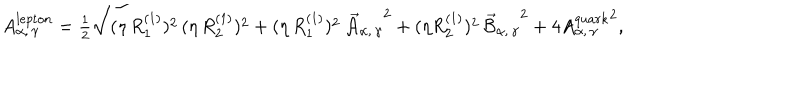
LaTeX: A _ { \alpha , \, \gamma } ^ { l e p t o n } = \textstyle { \frac { 1 } { 2 } } \sqrt { ( \eta \, { R _ { 1 } ^ { ( 1 ) } } ) ^ { 2 } \, ( \eta \, { R _ { 2 } ^ { ( 1 ) } } ) ^ { 2 } + ( \eta \, { R _ { 1 } ^ { ( 1 ) } } ) ^ { 2 } \, { \vec { \cal A } _ { \alpha , \, \gamma } } ^ { 2 } + ( \eta { R _ { 2 } ^ { ( 1 ) } } ) ^ { 2 } \, { \vec { \cal B } _ { \alpha , \, \gamma } } ^ { 2 } + 4 { A _ { \alpha , \, \gamma } ^ { q u a r k } } ^ { 2 } } ,